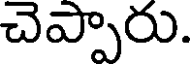
చెప్పారు.